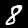
Digit: 8